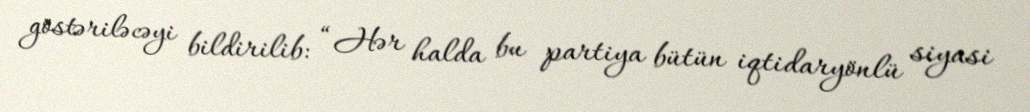
göstəriləcəyi bildirilib: “Hər halda bu partiya bütün iqtidaryönlü siyasi